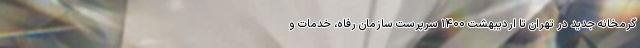
گرمخانه جدید در تهران تا اردیبهشت ۱۴۰۰ سرپرست سازمان رفاه، خدمات و